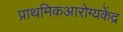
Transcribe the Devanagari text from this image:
प्राथमिकआरोग्यकेंद्र